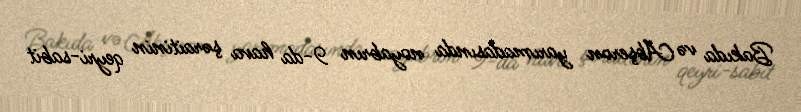
Bakıda və Abşeron yarımadasında noyabrın 9-da hava şəraitinin qeyri-sabit